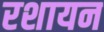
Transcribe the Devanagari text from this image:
रशायन